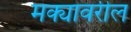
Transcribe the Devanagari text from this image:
मक्यावरील